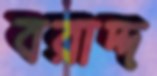
বরাদ্দ